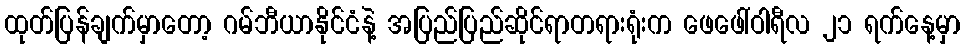
ထုတ်ပြန်ချက်မှာတော့ ဂမ်ဘီယာနိုင်ငံနဲ့ အပြည်ပြည်ဆိုင်ရာတရားရုံးက ဖေဖေါ်ဝါရီလ ၂၁ ရက်နေ့မှာ